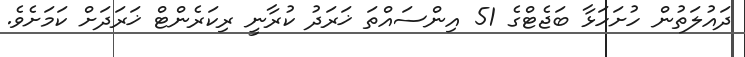
ދައުލަތުން ހުށަހަޅާ ބަޖެޓްގެ 51 އިންސައްތަ ޚަރަދު ކުރާނީ ރިކަރެންޓް ޚަރަދަށް ކަމަށެވެ.